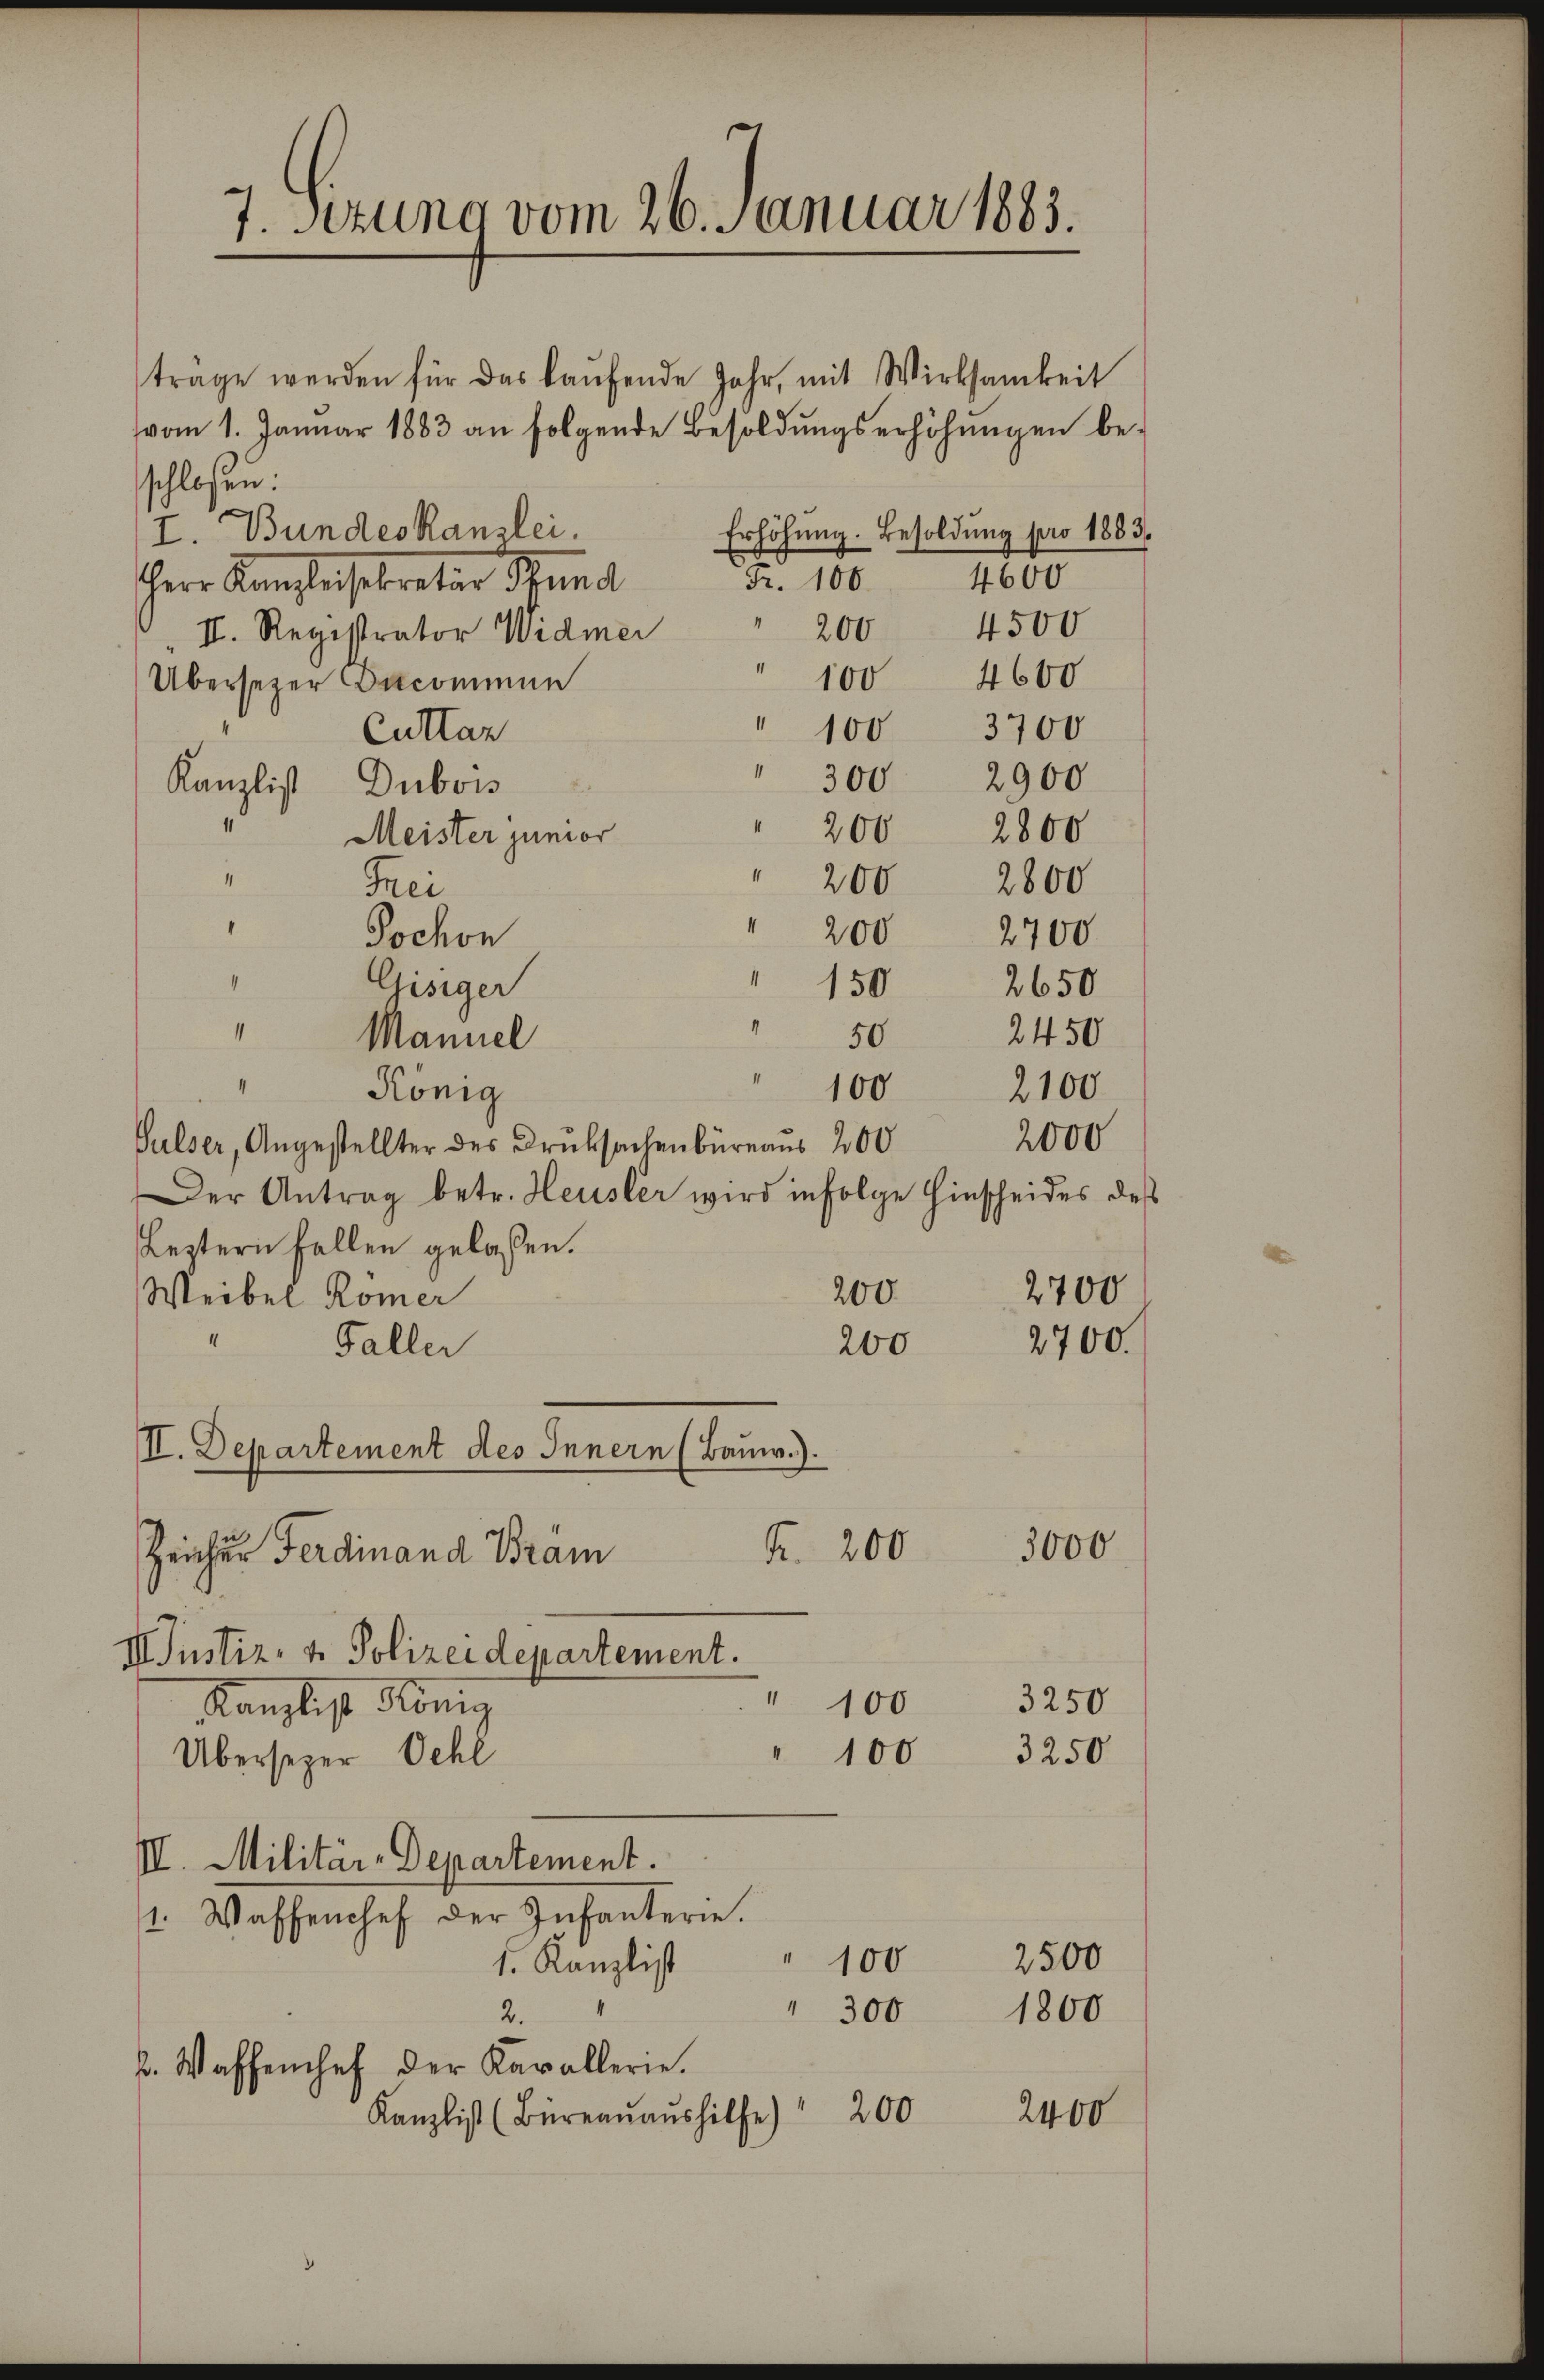
7. Jezuno vom 26. Januar 1883.

trage werden für das kaŭfende Jahr, mit Wirksamkeit
vom 1. Januar 1883 an folgende Besoldungserhöhungen be-
schlossen:
I. Bundeskanzlei.
Herr Kanzleisekreter Stund
II. Registrator Widmer
Übersetzer Decommun
Cuttan
Kanzlist Dubois
Meister junior
“
Frei
200
2700
Jochon
4
Cisiger
2650
150
“
2450
Mannel
50
“
100
König
2100
2000
Sulser, Angestellter des Druksachenbüreaus 200
Der Antrag betr. Heusler wird infolge Hinscheides des
Leztern fallen gelassen.
2700
200.
Weibel Römer
2700.
200
Faller
II. Departement des Innern (Baum.).
3000
Fr. 200
Zeicher Ferdinand Bram
III. Justiz- & Polizeidepartement.
¬
3250
100
Kanzlist König
100
3250
Überseger Oehl
II. Militär-Departement.
1. Waffenchef der Infanterie.
2500
" 100
1. Kanzlist
" 300 1800
2.
k. Waffenhef der Kavallerie.
2400
Kanzlist (Büreaŭaŭshilfe) " 200

Erhöhung. Besoldung pro 1883.
4600
Fr. 100.
200 4500

100 4600
" 100 3700
300 2900
200 2800
200 2800